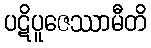
ပဋိပူဇေဿာမီတိ